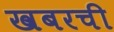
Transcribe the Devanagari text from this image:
खबरची